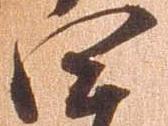
四